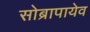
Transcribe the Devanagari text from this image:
सोब्रापायेव